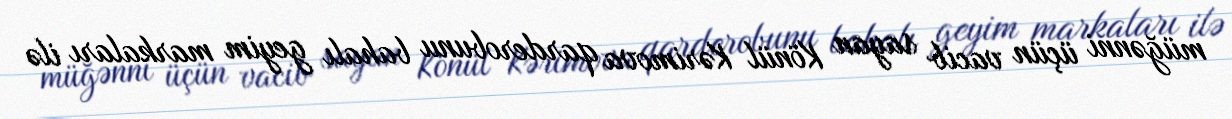
müğənni üçün vacib sayan Könül Kərimova qarderobunu bahalı geyim markaları ilə